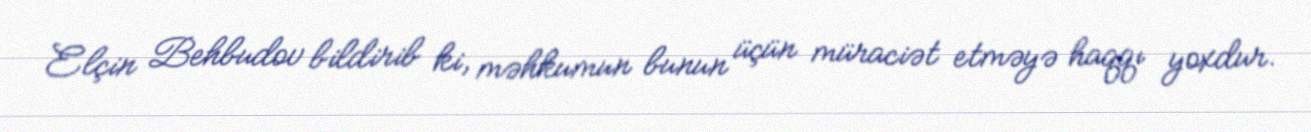
Elçin Behbudov bildirib ki, məhkumun bunun üçün müraciət etməyə haqqı yoxdur.